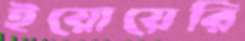
ইয়োয়েরি